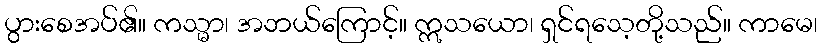
ပွားစေအပ်၏။ ကသ္မာ၊ အဘယ်ကြောင့်။ ဣသယော၊ ရှင်ရသေ့တို့သည်။ ကာမေ၊